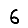
Digit: 6